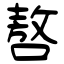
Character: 嗸